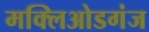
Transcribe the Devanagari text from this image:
मक्लिओडगंज